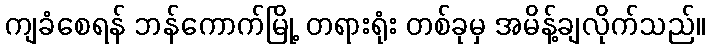
ကျခံစေရန် ဘန်ကောက်မြို့ တရားရုံး တစ်ခုမှ အမိန့်ချလိုက်သည်။